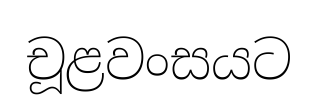
චූළවංසයට